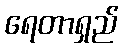
ရေတာရှည်